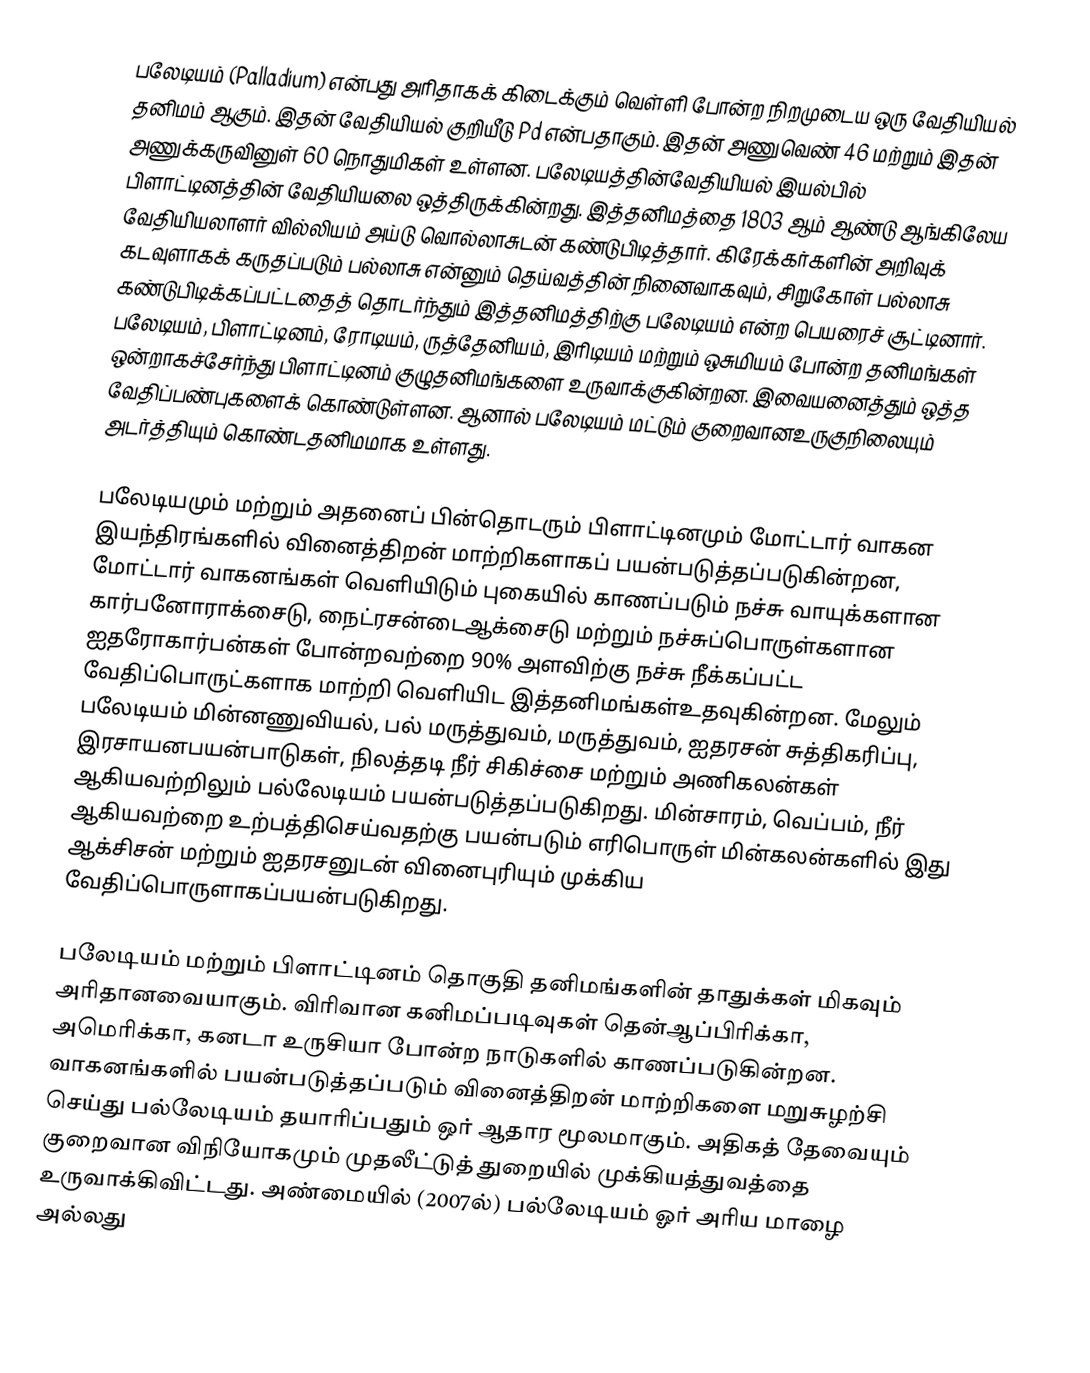
பலேடியம் (Palladium) என்பது அரிதாகக் கிடைக்கும் வெள்ளி போன்ற  நிறமுடைய ஒரு வேதியியல் தனிமம் ஆகும். இதன் வேதியியல் குறியீடு Pd என்பதாகும். இதன் அணுவெண் 46 மற்றும் இதன்  அணுக்கருவினுள் 60 நொதுமிகள் உள்ளன. பலேடியத்தின்வேதியியல் இயல்பில்  பிளாட்டினத்தின் வேதியியலை ஒத்திருக்கின்றது. இத்தனிமத்தை 1803 ஆம் ஆண்டு ஆங்கிலேய வேதியியலாளர் வில்லியம்  அய்டு வொல்லாசுடன் கண்டுபிடித்தார். கிரேக்கர்களின் அறிவுக் கடவுளாகக் கருதப்படும் பல்லாசு என்னும் தெய்வத்தின் நினைவாகவும், சிறுகோள் பல்லாசு கண்டுபிடிக்கப்பட்டதைத் தொடர்ந்தும் இத்தனிமத்திற்கு பலேடியம் என்ற பெயரைச் சூட்டினார். பலேடியம், பிளாட்டினம், ரோடியம், ருத்தேனியம், இரிடியம் மற்றும் ஒசுமியம் போன்ற தனிமங்கள் ஒன்றாகச்சேர்ந்து பிளாட்டினம் குழுதனிமங்களை உருவாக்குகின்றன. இவையனைத்தும் ஒத்த வேதிப்பண்புகளைக் கொண்டுள்ளன. ஆனால் பலேடியம் மட்டும் குறைவானஉருகுநிலையும் அடர்த்தியும் கொண்டதனிமமாக உள்ளது.

பலேடியமும் மற்றும் அதனைப் பின்தொடரும் பிளாட்டினமும் மோட்டார் வாகன இயந்திரங்களில் வினைத்திறன் மாற்றிகளாகப் பயன்படுத்தப்படுகின்றன, மோட்டார் வாகனங்கள் வெளியிடும் புகையில் காணப்படும் நச்சு வாயுக்களான கார்பனோராக்சைடு, நைட்ரசன்டைஆக்சைடு மற்றும் நச்சுப்பொருள்களான ஐதரோகார்பன்கள் போன்றவற்றை 90% அளவிற்கு நச்சு நீக்கப்பட்ட வேதிப்பொருட்களாக மாற்றி வெளியிட இத்தனிமங்கள்உதவுகின்றன.  மேலும் பலேடியம் மின்னணுவியல், பல் மருத்துவம், மருத்துவம், ஐதரசன் சுத்திகரிப்பு, இரசாயனபயன்பாடுகள், நிலத்தடி நீர் சிகிச்சை மற்றும் அணிகலன்கள் ஆகியவற்றிலும் பல்லேடியம் பயன்படுத்தப்படுகிறது. மின்சாரம், வெப்பம், நீர் ஆகியவற்றை உற்பத்திசெய்வதற்கு பயன்படும் எரிபொருள் மின்கலன்களில் இது ஆக்சிசன் மற்றும் ஐதரசனுடன் வினைபுரியும் முக்கிய வேதிப்பொருளாகப்பயன்படுகிறது.

பலேடியம் மற்றும் பிளாட்டினம் தொகுதி தனிமங்களின் தாதுக்கள் மிகவும் அரிதானவையாகும். விரிவான கனிமப்படிவுகள் தென்ஆப்பிரிக்கா, அமெரிக்கா, கனடா உருசியா போன்ற நாடுகளில் காணப்படுகின்றன. வாகனங்களில் பயன்படுத்தப்படும் வினைத்திறன் மாற்றிகளை மறுசுழற்சி செய்து பல்லேடியம் தயாரிப்பதும் ஒர் ஆதார மூலமாகும்.  அதிகத் தேவையும் குறைவான விநியோகமும் முதலீட்டுத் துறையில் முக்கியத்துவத்தை உருவாக்கிவிட்டது. அண்மையில் (2007ல்) பல்லேடியம் ஓர் அரிய மாழை அல்லது